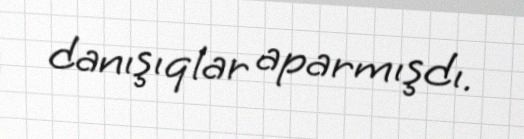
danışıqlar aparmışdı.